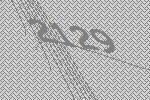
2129